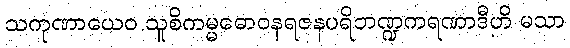
သကုဏာယေဝ သူစိကမ္မဓောဝနရဇနပရိဘဏ္ဍကရဏာဒီဟိ မသာ